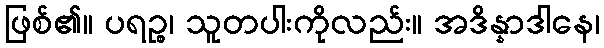
ဖြစ်၏။ ပရဉ္စ၊ သူတပါးကိုလည်း။ အဒိန္နာဒါနေ၊